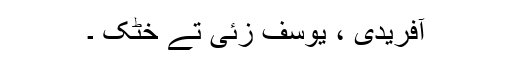
آفریدی ، یوسف زئی تے خٹک ۔